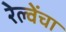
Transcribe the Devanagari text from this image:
रेल्वेंचा